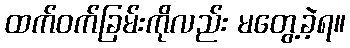
ထက်ဝက်ခြမ်းကိုလည်း မတွေ့ခဲ့ရ။